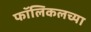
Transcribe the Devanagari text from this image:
फॉलिकलच्या